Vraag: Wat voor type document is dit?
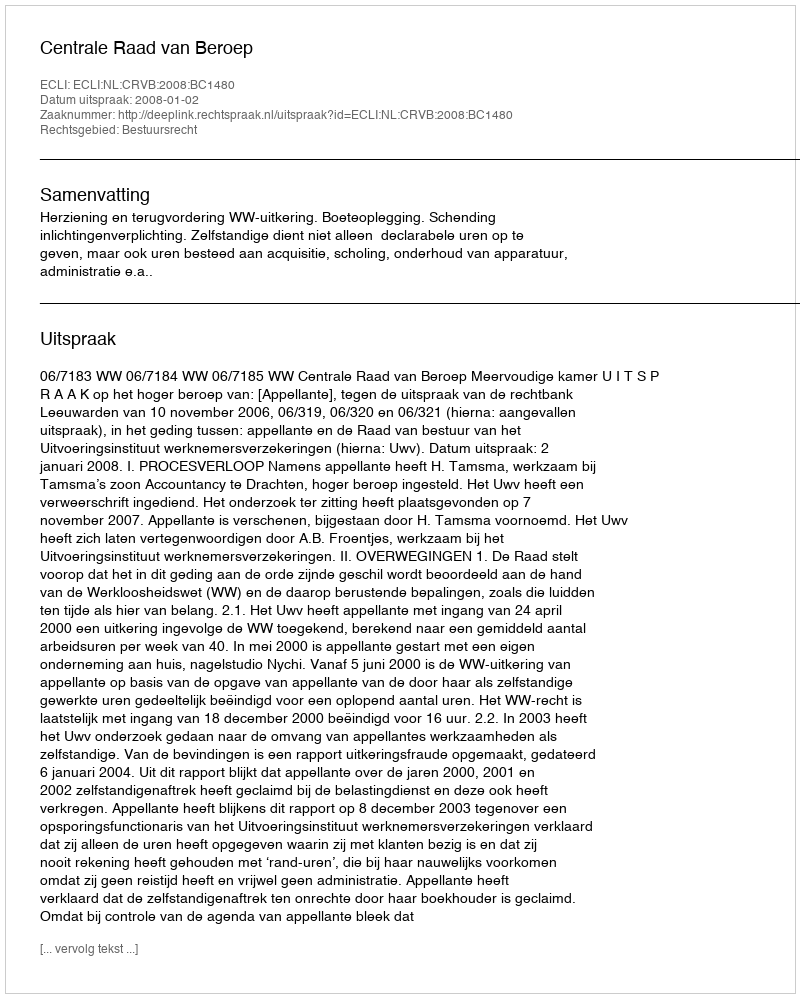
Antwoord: Uitspraak